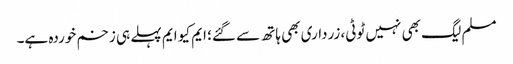
مسلم لیگ بھی نہیں ٹوٹی، زرداری بھی ہاتھ سے گئے؛ ایم کیو ایم پہلے ہی زخم خوردہ ہے۔